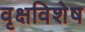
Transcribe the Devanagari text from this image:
वृक्षविशेष